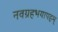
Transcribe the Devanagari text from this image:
नवग्रहभयापहम्